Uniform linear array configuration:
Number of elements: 12
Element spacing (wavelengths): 0.25
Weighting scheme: cosine
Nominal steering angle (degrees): -30
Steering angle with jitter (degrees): -28.928
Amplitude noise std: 0.05
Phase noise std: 0.05

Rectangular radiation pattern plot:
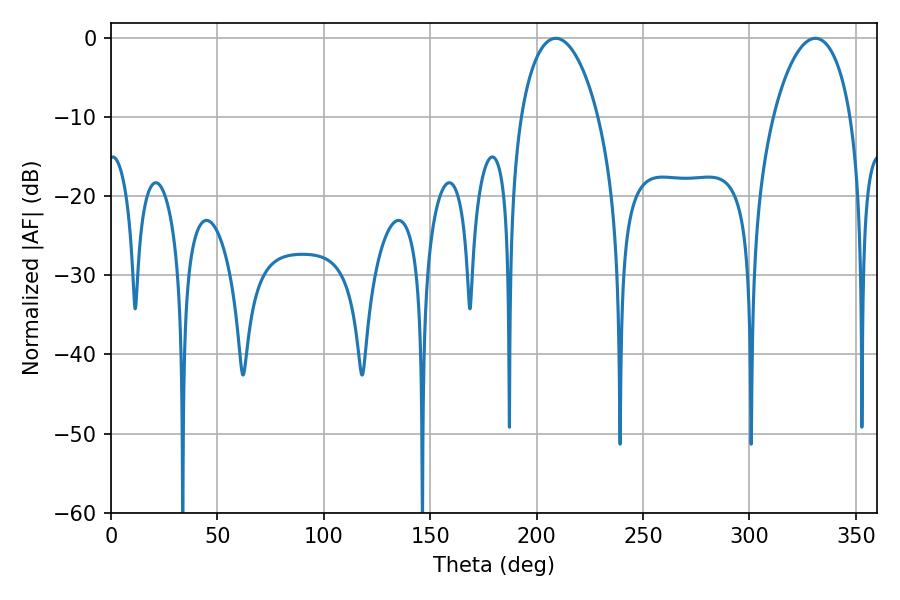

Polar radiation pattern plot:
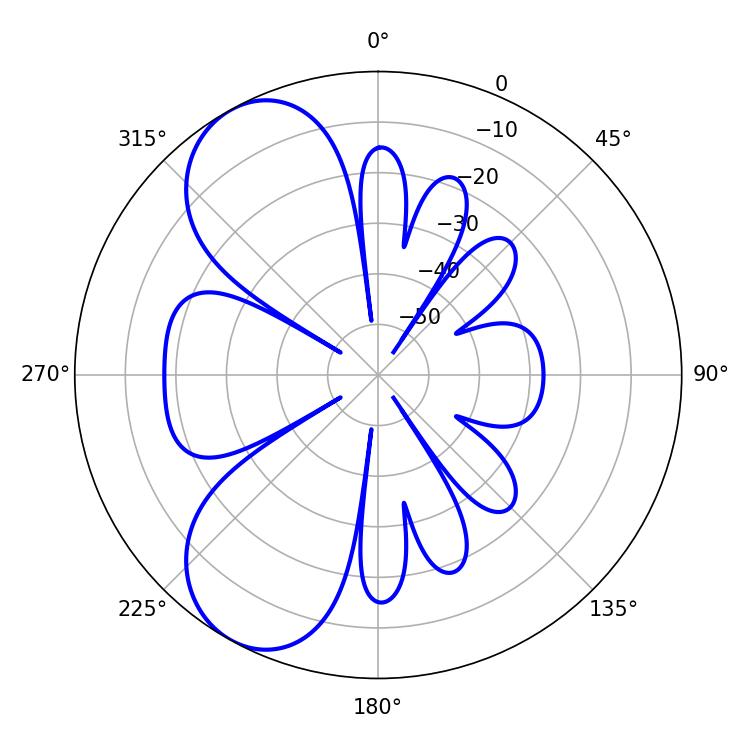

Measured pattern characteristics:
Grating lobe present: FALSE
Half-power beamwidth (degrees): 20.7
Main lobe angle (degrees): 208.98